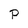
Character: P